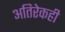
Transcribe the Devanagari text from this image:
अतिरेकही